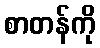
စာတန်ကို